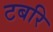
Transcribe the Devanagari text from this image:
टबरि